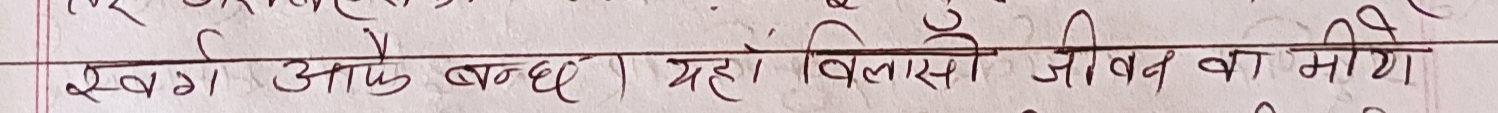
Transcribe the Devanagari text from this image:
स्वर्ग आप बन्द यह विलासी जीवन का मीये